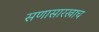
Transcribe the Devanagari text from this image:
सणासारखाच